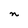
Character: n